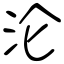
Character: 沦